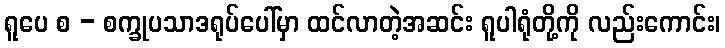
ရူပေ စ - စက္ခုပသာဒရုပ်ပေါ်မှာ ထင်လာတဲ့အဆင်း ရူပါရုံတို့ကို လည်းကောင်း၊